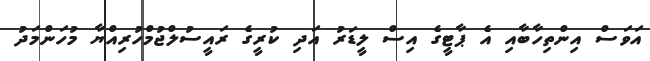
އަވަސް އިންތިހާބާއި އެ ޕާޓީގެ އިސް ލީޑަރު އަދި ކުރީގެ ރައީސުލްޖުމްހުރިއްޔާ މުހަންމަދު